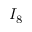
I _ { 8 }